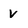
Character: v